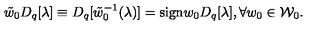
\tilde { w } _ { 0 } D _ { q } [ \lambda ] \equiv D _ { q } [ \tilde { w } _ { 0 } ^ { - 1 } ( \lambda ) ] = \mathrm { s i g n } w _ { 0 } D _ { q } [ \lambda ] , \forall w _ { 0 } \in { \cal W } _ { 0 } .